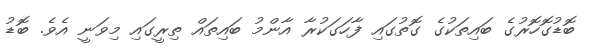
ބޮޑުގޮހޮރުގެ ބައިތަކުގެ ގޮތުގައި ފާހަގަކުރާ އާންމު ބައިތައް ތިރީގައި މިވަނީ އެވެ. ބޮޑު